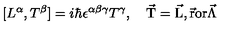
[ L ^ { \alpha } , T ^ { \beta } ] = i \hbar \epsilon ^ { \alpha \beta \gamma } T ^ { \gamma } , \quad \mathrm { \vec { T } = \vec { L } , \vec { r } o r \vec { \Lambda } }